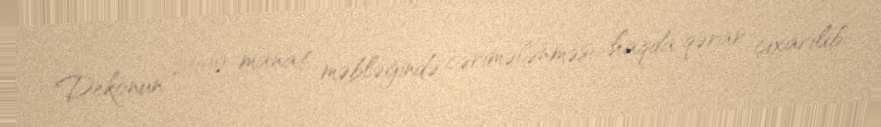
Dekonun 2000 manat məbləğində cərimələnməsi haqda qərar çıxarılıb.